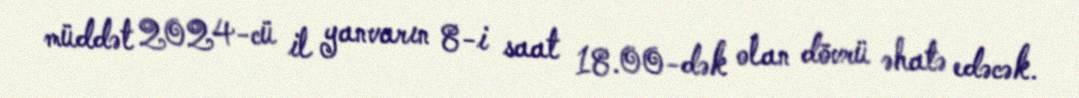
müddət 2024-cü il yanvarın 8-i saat 18.00-dək olan dövrü əhatə edəcək.